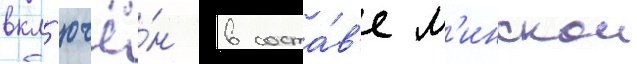
вкл'ючё́н в соста́в'е м'инскои